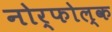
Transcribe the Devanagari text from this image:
नोर्फोल्क